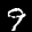
Label: 9